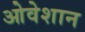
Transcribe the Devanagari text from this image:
ओवेशान